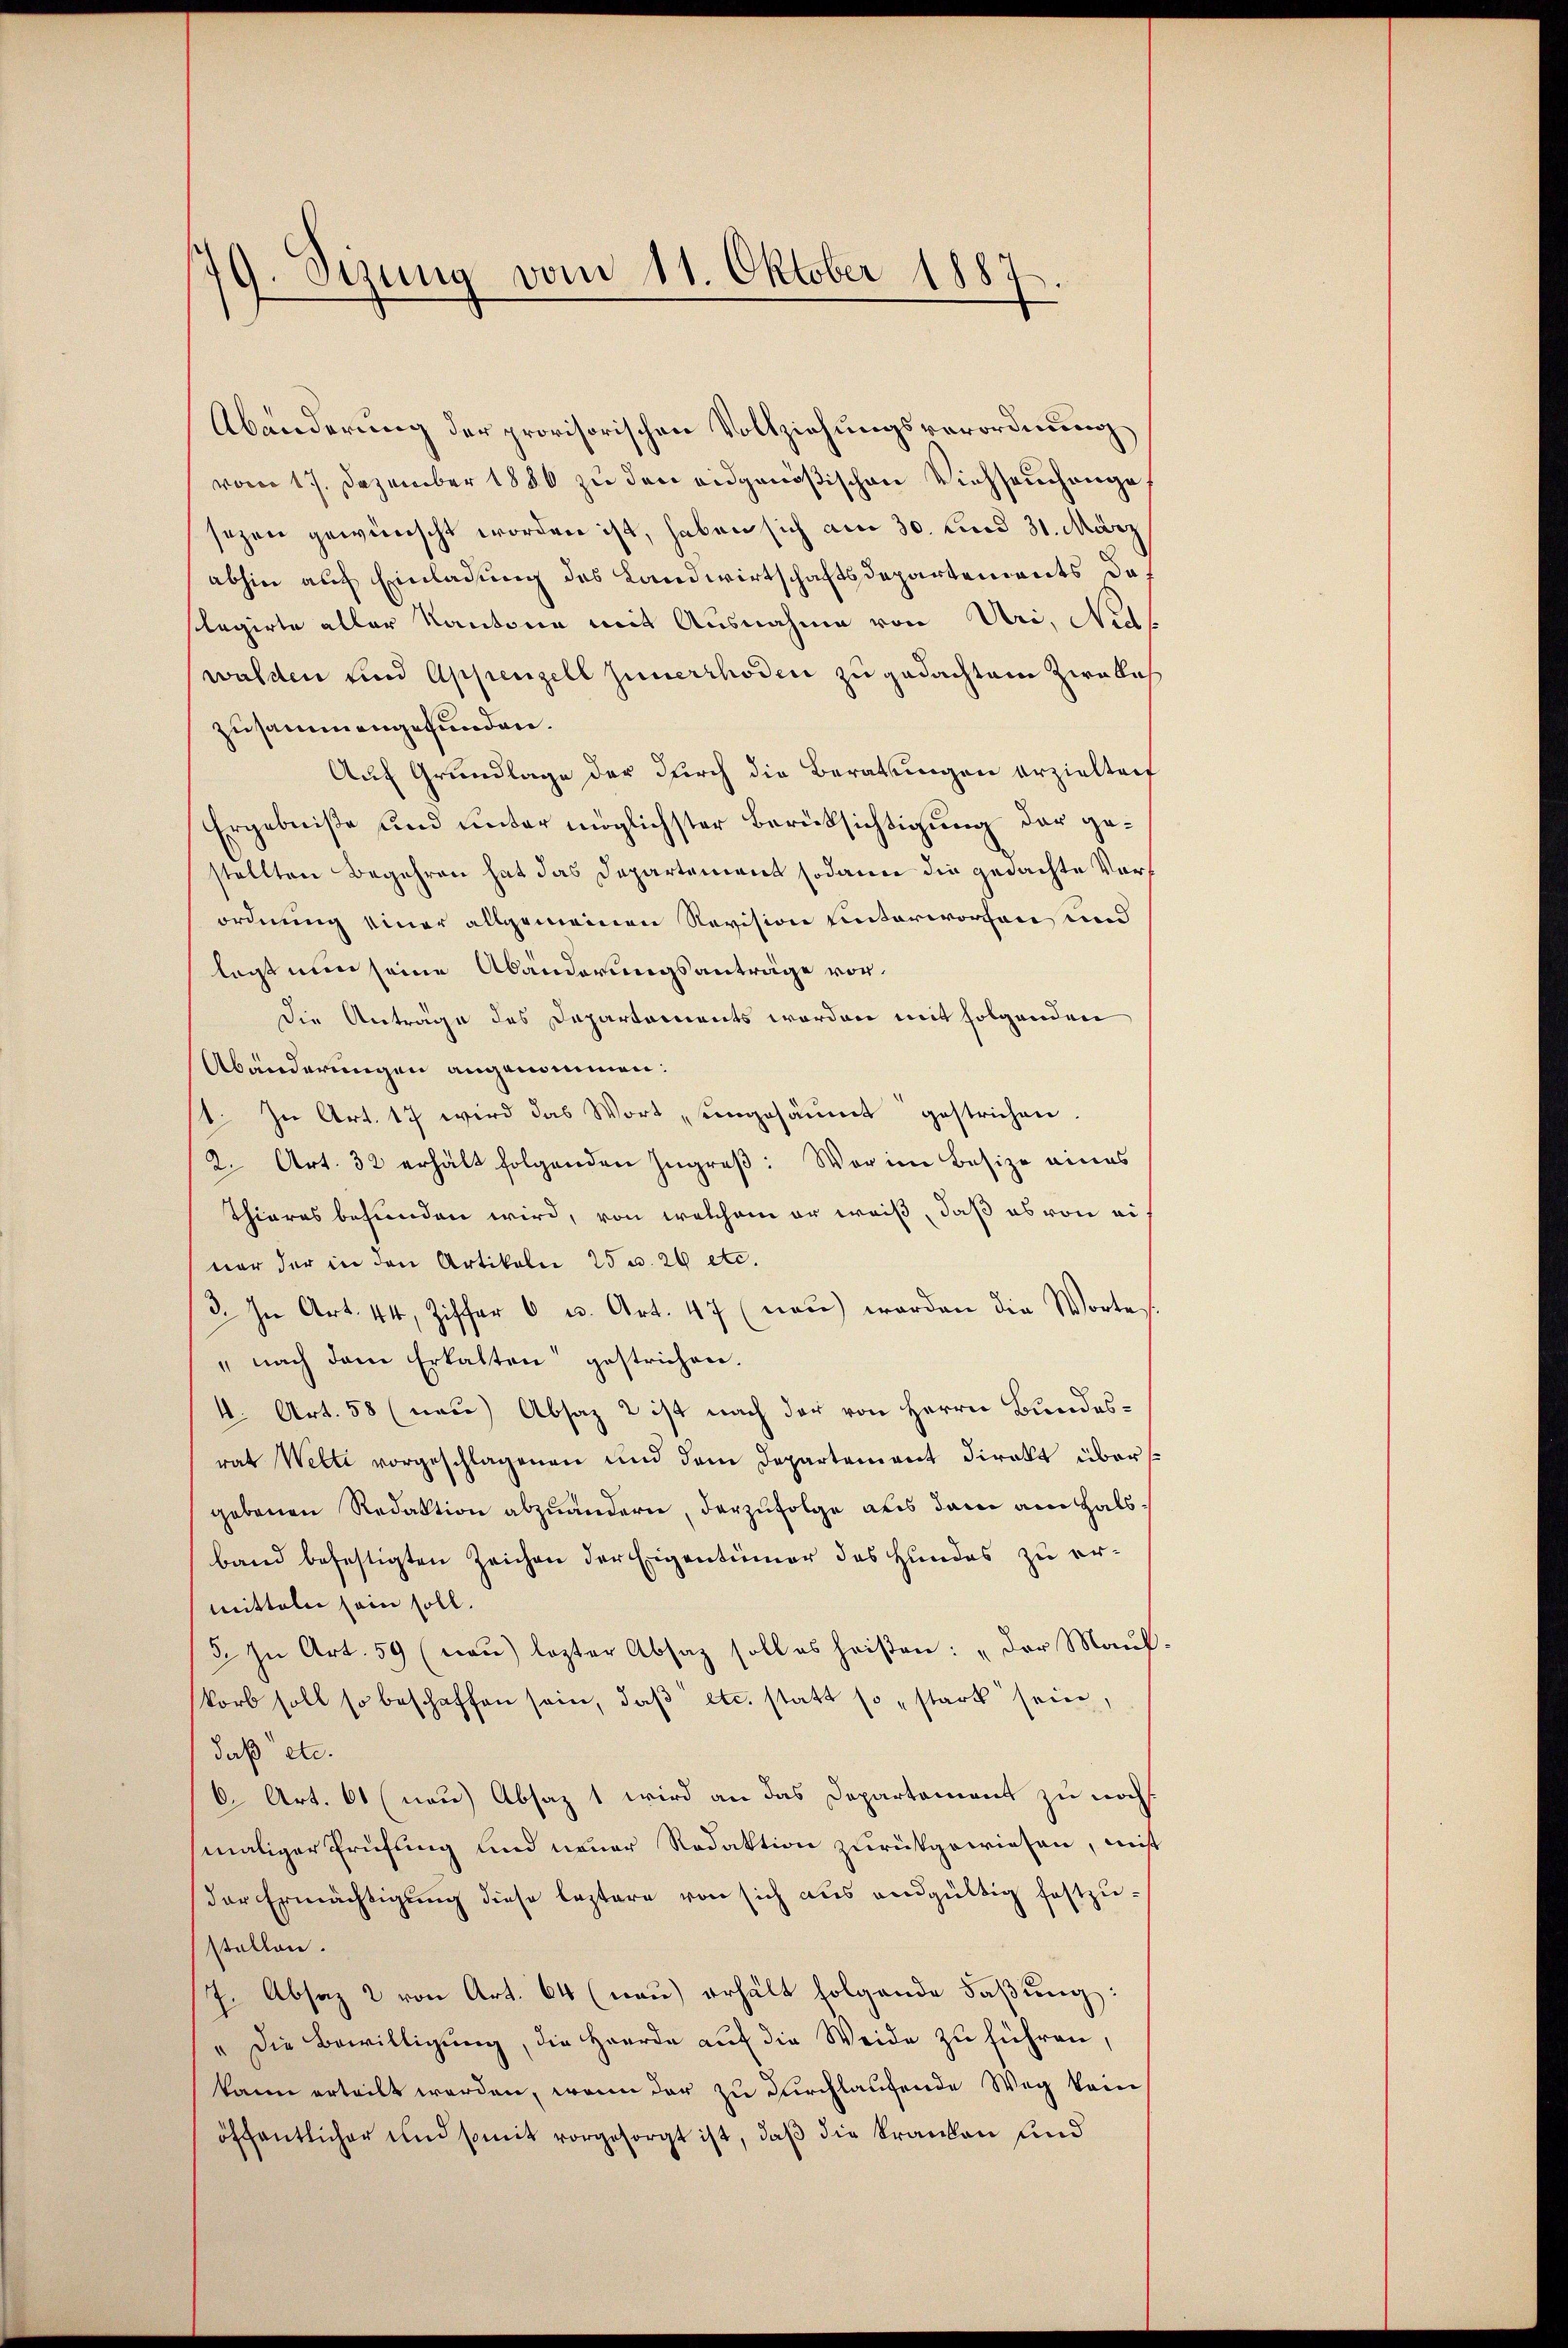
79. Sezung vom 11. Oktober 188
d

Abänderung der provisorischen Vollziehungsverordnung
vom 17. Dezember 1880 zu den eidgenößischen Viehseuchange
sezen gewünscht worden ist, haben sich am 30. Kind 31. März
abhin auf Einladung des Landwirtschaftsdepartements das
slegirte aller Kantone mit Ausnahme von Uri, Na
walden und Appenzell zuverthoden zu gedachtem Zwalch
zusammengefunden.
Auf Grundlage der durch die Berathungen erzielteif
Ergebniße und unter möglichster Berücksichtigung der gestellten Begehren hat das Departement sodann die gedachte Vorordnung einer allgemeinen Revision unterworfen und
legt nun seine Abänderungsanträge vor¬
Die Anträge des Dapartements worden mit folgenden
Abänderungen angenommen:
1. In Art. 17 wird das Wort „eingesäumt gestrichen.
2. Art. 32 erhält folgenden Ingreβ: War im Besize eines
Thieres behanden wird, von welchem er weiß, daß es von ei
ner der in den Artikale 25 u. 26 etc.
3. In Art. 44, Ziffer 6 u. Art. 47 (neŭ) worden die Wortes
" nach dem Erkalten gestrichen.
4. Art. 58 (neu) Absaz 2 ist nach der von Herrn Bundesrat Welti vorgeschlagenen und dem Departement direkt übers
gebenen Redaktion abzuändern, darzufolge aus dem am Halsband befestigten Zeichen der Eigentümer des Hundes zu ermitteln sein soll.
5. In Art. 59 (naŭ) lezter Absaz soll es heißen: „Der Maul
korb soll so beschaffen sein, daβ etc. statt so stark sein,
daß etc.
C. Art. 61 (nau) Absaz 1 wird an das Departement zu noch
maliger Prüfung und neuer Redaktion zurückgewiesen, mit
der Ermächtigung diese leztere von sich aus endgültig festzustellen.
7. Absaz 2 von Art. 64 (nau) erhält folgende Faßung:
" Die Bewilligung, die Herde auf die Weide zu führen,
kann erteilt werden, wenn der zu Dirchlaufende Weg kein
öffentlicher und somit vorgesorgt ist, daß die Kranken und